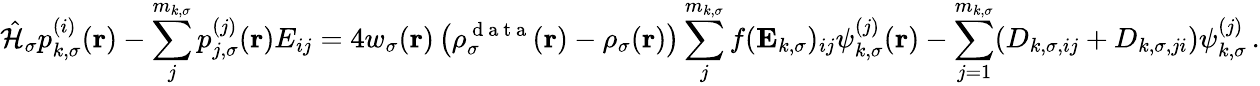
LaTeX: \hat{\mathcal{{H}}}_{\sigma}p_{k,\sigma}^{(i)}(\boldsymbol{\textbf{r}})-\sum_{j}^{m_{k,\sigma}}p_{j,\sigma}^{(j)}(\boldsymbol{\textbf{r}})E_{ij}=4w_{\sigma}(\boldsymbol{\textbf{r}})\left(\rho_{\sigma}^{\mathrm{~d~a~t~a~}}(\boldsymbol{\textbf{r}})-\rho_{\sigma}(\boldsymbol{\textbf{r}})\right)\sum_{j}^{m_{k,\sigma}}f(\mathbf{E}_{k,\sigma})_{ij}\psi_{k,\sigma}^{(j)}(\boldsymbol{\textbf{r}})-\sum_{j=1}^{m_{k,\sigma}}(D_{k,\sigma,ij}+D_{k,\sigma,ji})\psi_{k,\sigma}^{(j)}\, .